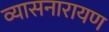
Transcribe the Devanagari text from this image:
व्यासनारायण